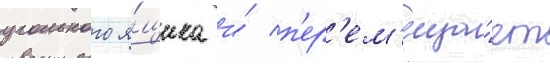
угольного я́щика и́ п'ер'ем'еща́ет